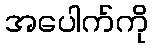
အပေါက်ကို